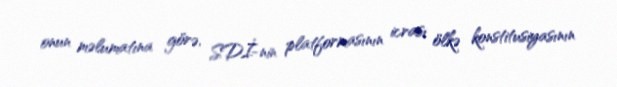
onun məlumatına görə, SDİ-nin platformasının icrası ölkə konstitusiyasının